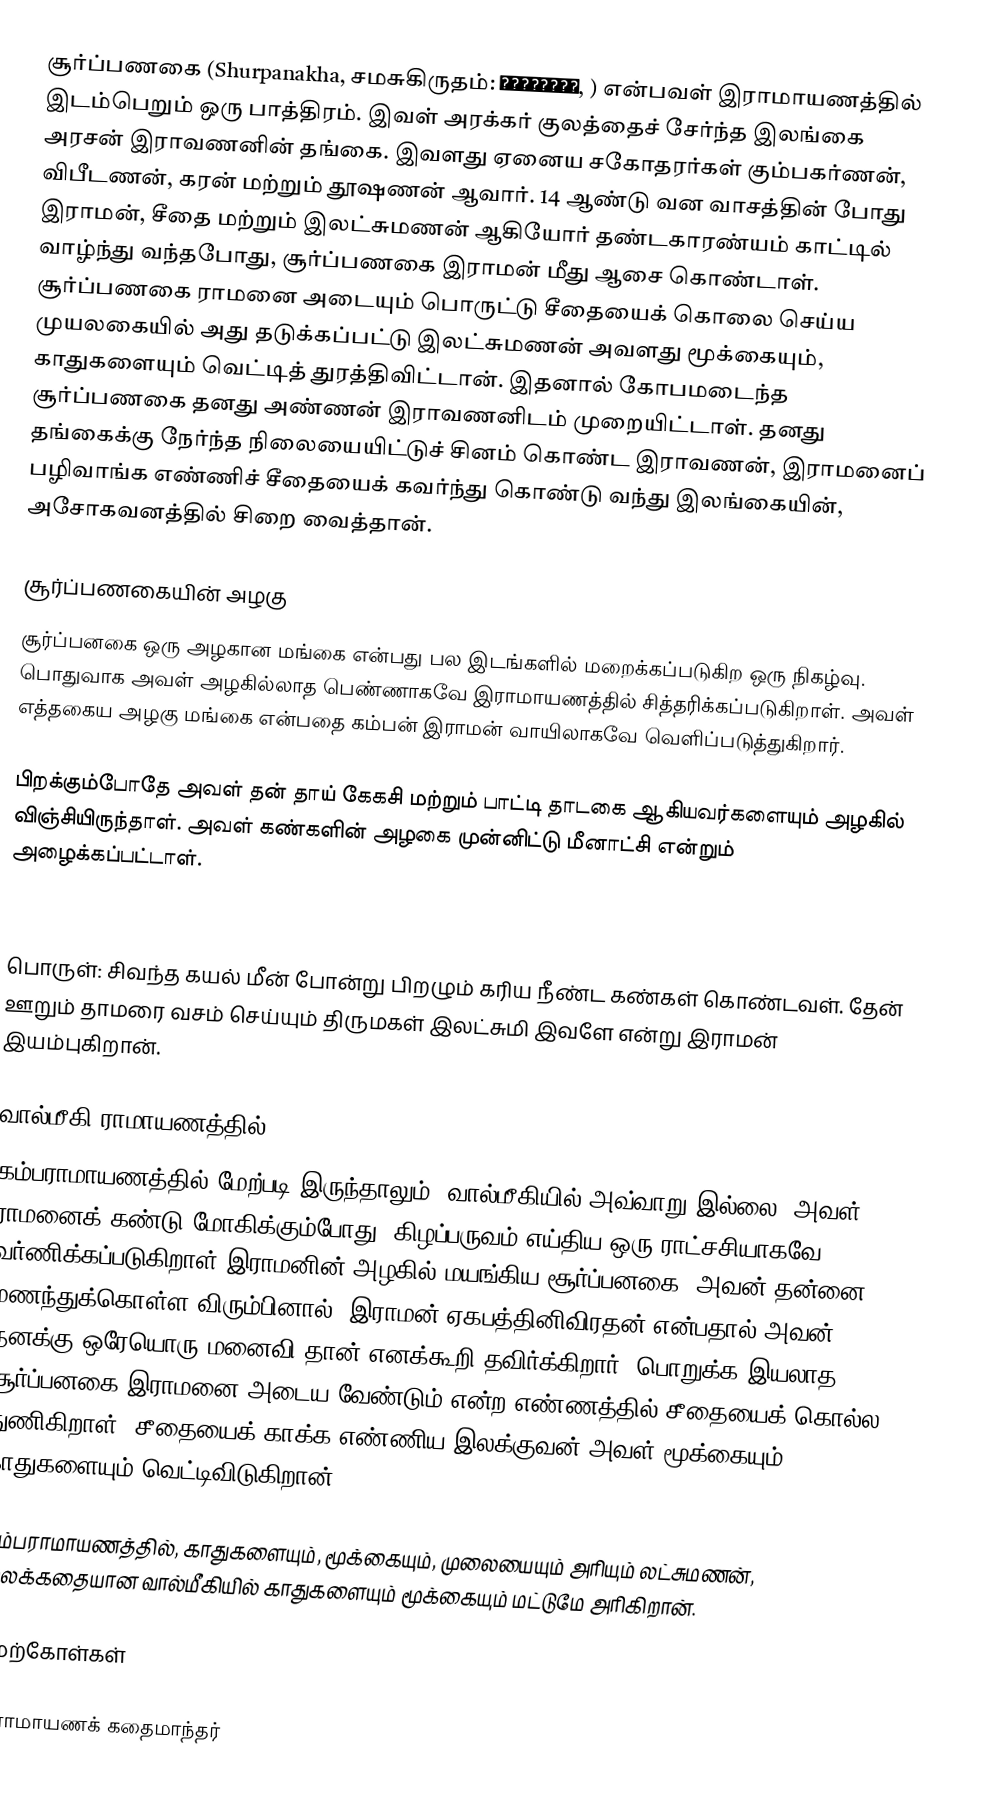
சூர்ப்பணகை (Shurpanakha, சமசுகிருதம்: शूर्पणखा, ) என்பவள் இராமாயணத்தில் இடம்பெறும் ஒரு பாத்திரம். இவள் அரக்கர் குலத்தைச் சேர்ந்த இலங்கை அரசன் இராவணனின் தங்கை. இவளது ஏனைய சகோதரர்கள் கும்பகர்ணன், விபீடணன்,  கரன் மற்றும் தூஷணன் ஆவார். 14 ஆண்டு வன வாசத்தின் போது இராமன், சீதை மற்றும் இலட்சுமணன் ஆகியோர் தண்டகாரண்யம் காட்டில் வாழ்ந்து வந்தபோது, சூர்ப்பணகை இராமன் மீது ஆசை கொண்டாள். சூர்ப்பணகை ராமனை அடையும் பொருட்டு சீதையைக் கொலை செய்ய முயலகையில் அது தடுக்கப்பட்டு இலட்சுமணன் அவளது மூக்கையும், காதுகளையும் வெட்டித் துரத்திவிட்டான். இதனால் கோபமடைந்த சூர்ப்பணகை தனது அண்ணன் இராவணனிடம் முறையிட்டாள். தனது தங்கைக்கு நேர்ந்த நிலையையிட்டுச் சினம் கொண்ட இராவணன், இராமனைப் பழிவாங்க எண்ணிச் சீதையைக் கவர்ந்து கொண்டு வந்து இலங்கையின், அசோகவனத்தில் சிறை வைத்தான்.

சூர்ப்பணகையின் அழகு
சூர்ப்பனகை ஒரு அழகான மங்கை என்பது பல இடங்களில் மறைக்கப்படுகிற ஒரு நிகழ்வு. பொதுவாக அவள் அழகில்லாத பெண்ணாகவே இராமாயணத்தில் சித்தரிக்கப்படுகிறாள். அவள் எத்தகைய அழகு மங்கை என்பதை கம்பன் இராமன் வாயிலாகவே வெளிப்படுத்துகிறார்.

பிறக்கும்போதே அவள் தன் தாய் கேகசி மற்றும் பாட்டி தாடகை ஆகியவர்களையும் அழகில் விஞ்சியிருந்தாள். அவள் கண்களின் அழகை முன்னிட்டு மீனாட்சி என்றும் அழைக்கப்பட்டாள்.

பொருள்: சிவந்த கயல் மீன் போன்று பிறழும் கரிய நீண்ட கண்கள் கொண்டவள். தேன் ஊறும் தாமரை வசம் செய்யும் திருமகள் இலட்சுமி இவளே என்று இராமன் இயம்புகிறான்.

வால்மீகி ராமாயணத்தில்
கம்பராமாயணத்தில் மேற்படி இருந்தாலும், வால்மீகியில் அவ்வாறு இல்லை. அவள் ராமனைக் கண்டு மோகிக்கும்போது, கிழப்பருவம் எய்திய ஒரு ராட்சசியாகவே வர்ணிக்கப்படுகிறாள்.இராமனின் அழகில் மயங்கிய சூர்ப்பனகை, அவன் தன்னை மணந்துக்கொள்ள விரும்பினால். இராமன் ஏகபத்தினிவிரதன் என்பதால் அவன் தனக்கு ஒரேயொரு மனைவி தான் எனக்கூறி தவிர்க்கிறார். பொறுக்க இயலாத சூர்ப்பனகை இராமனை அடைய வேண்டும் என்ற எண்ணத்தில் சீதையைக் கொல்ல துணிகிறாள். சீதையைக் காக்க எண்ணிய இலக்குவன் அவள் மூக்கையும் காதுகளையும் வெட்டிவிடுகிறான்.

கம்பராமாயணத்தில், காதுகளையும், மூக்கையும், முலையையும் அரியும் லட்சுமணன், மூலக்கதையான வால்மீகியில் காதுகளையும் மூக்கையும் மட்டுமே அரிகிறான்.

மேற்கோள்கள்

இராமாயணக் கதைமாந்தர்